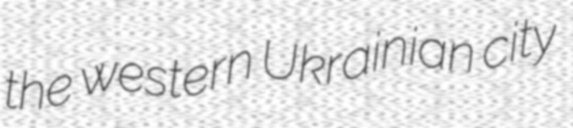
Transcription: the western Ukrainian city